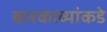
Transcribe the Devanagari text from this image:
बारकाव्यांकडे